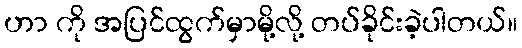
ဟာ ကို အပြင်ထွက်မှာမို့လို့ တပ်ခိုင်းခဲ့ပါတယ်။